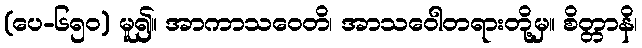
(ပေ-၆၅၀) မူ၍။ အာကာသဝေတိ၊ အာသဝေါတရားတို့မှ။ စိတ္တာနိ၊